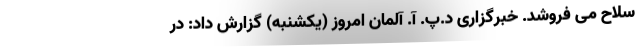
سلاح می فروشد. خبرگزاری د.پ. آ. آلمان امروز (یکشنبه) گزارش داد: در